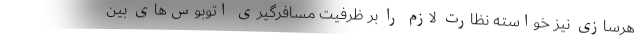
هرسازی نیز خواسته نظارت لازم را بر ظرفیت مسافرگیری اتوبوس‌های بین